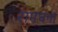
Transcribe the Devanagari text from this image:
रामघना